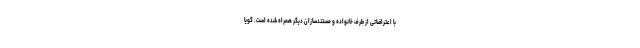
با اعتراضاتی از طرف خانواده و مستندسازان دیگر همراه شده است. گویا